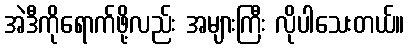
အဲဒီကိုရောက်ဖို့လည်း အများကြီး လိုပါသေးတယ်။